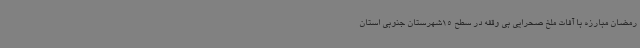
رمضان مبارزه با آفات ملخ صحرایی بی وقفه در سطح 15شهرستان جنوبی استان